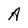
Character: A